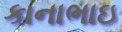
કાનાભાઇ